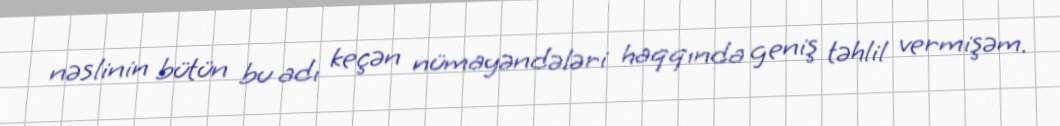
nəslinin bütün bu adı keçən nümayəndələri haqqında geniş təhlil vermişəm.